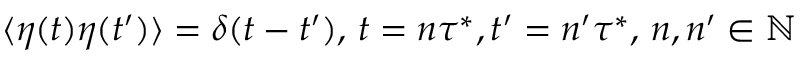
\langle \eta ( t ) \eta ( t ^ { \prime } ) \rangle = \delta ( t - t ^ { \prime } ) , \, t = n \tau ^ { * } , t ^ { \prime } = n ^ { \prime } \tau ^ { * } , \, n , n ^ { \prime } \in \mathbb { N }